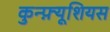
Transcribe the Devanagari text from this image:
कुन्फ़्यूशियस